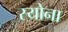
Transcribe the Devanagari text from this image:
स्योना